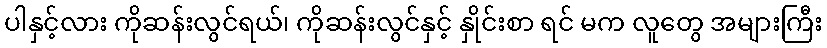
ပါနှင့်လား ကိုဆန်းလွင်ရယ်၊ ကိုဆန်းလွင်နှင့် နှိုင်းစာ ရင် မက လူတွေ အများကြီး